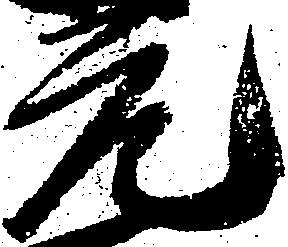
元